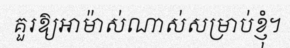
គួរឱ្យអាម៉ាស់ណាស់សម្រាប់ខ្ញុំ។